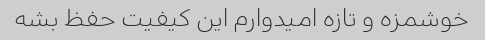
خوشمزه و تازه امیدوارم این کیفیت حفظ بشه